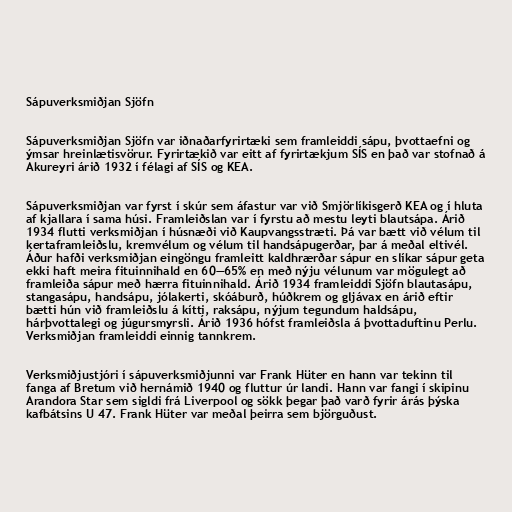
Sápuverksmiðjan Sjöfn

Sápuverksmiðjan Sjöfn var iðnaðarfyrirtæki sem framleiddi sápu, þvottaefni og
ýmsar hreinlætisvörur. Fyrirtækið var eitt af fyrirtækjum SÍS en það var stofnað á
Akureyri árið 1932 í félagi af SÍS og KEA.

Sápuverksmiðjan var fyrst í skúr sem áfastur var við Smjörlíkisgerð KEA og í hluta
af kjallara í sama húsi. Framleiðslan var í fyrstu að mestu leyti blautsápa. Árið
1934 flutti verksmiðjan í húsnæði við Kaupvangsstræti. Þá var bætt við vélum til
kertaframleiðslu, kremvélum og vélum til handsápugerðar, þar á meðal eltivél.
Áður hafði verksmiðjan eingöngu framleitt kaldhrærðar sápur en slíkar sápur geta
ekki haft meira fituinnihald en 60—65% en með nýju vélunum var mögulegt að
framleiða sápur með hærra fituinnihald. Árið 1934 framleiddi Sjöfn blautasápu,
stangasápu, handsápu, jólakerti, skóáburð, húðkrem og gljávax en árið eftir
bætti hún við framleiðslu á kítti, raksápu, nýjum tegundum haldsápu,
hárþvottalegi og júgursmyrsli. Árið 1936 hófst framleiðsla á þvottaduftinu Perlu.
Verksmiðjan framleiddi einnig tannkrem.

Verksmiðjustjóri í sápuverksmiðjunni var Frank Hüter en hann var tekinn til
fanga af Bretum við hernámið 1940 og fluttur úr landi. Hann var fangi í skipinu
Arandora Star sem sigldi frá Liverpool og sökk þegar það varð fyrir árás þýska
kafbátsins U 47. Frank Hüter var meðal þeirra sem björguðust.